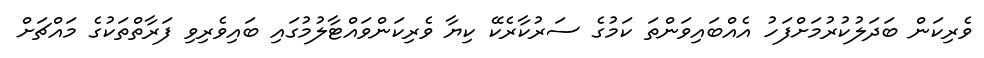
ވެރިކަން ބަދަލުކުރުމަށްފަހު އެއްބައިވަންތަ ކަމުގެ ސަރުކާރެކޭ ކިޔާ ވެރިކަންވައްޓާލުމުގައި ބައިވެރިވި ފަރާތްތަކުގެ މައްޗަށް